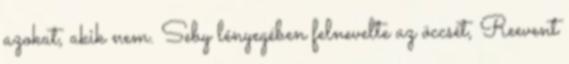
azokat, akik nem. Seby lényegében felnevelte az öccsét, Reevent